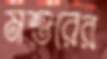
মশুরের